Annual administration and progress report of the Indian Medical Department, Bombay
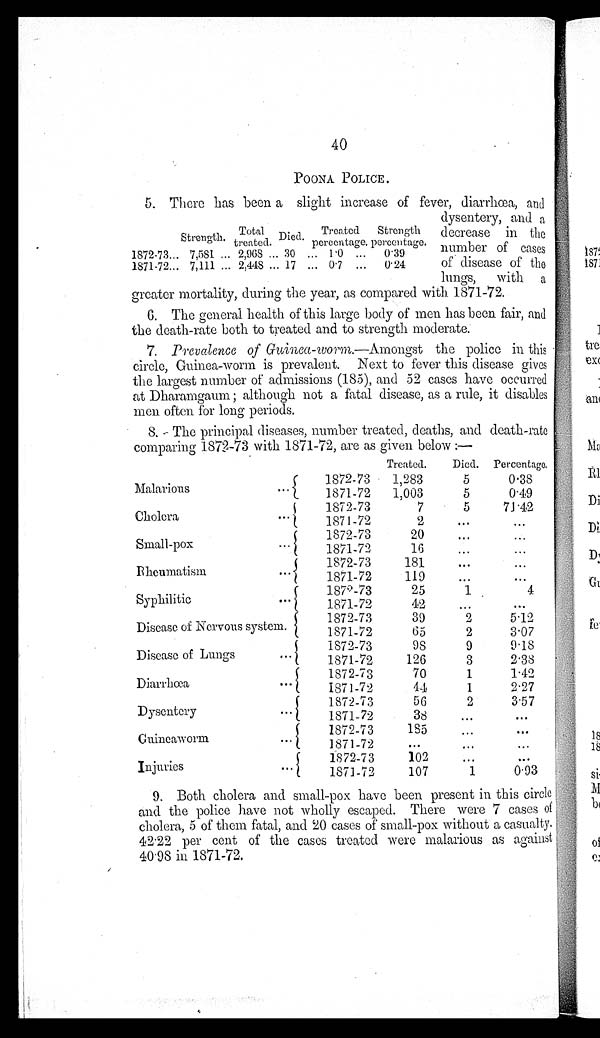
40
POONA POLICE .
5. There has been a slight increase of fever, diarrhœa, and
dysentery, and a
decrease in the
number of cases
of disease of the
lungs, with a
greater mortality, during the year, as compared with 1871-72.
6. The general health of this large body of men has been fair, and
the death-rate both to treated and to strength moderate.
7. Prevalence of Guinea-worm .—Amongst the police in this
circle, Guinea-worm is prevalent. Next to fever this disease gives
the largest number of admissions (185), and 52 cases have occurred
at Dharamgaum ; although not a fatal disease, as a rule, it disables
men often for long periods.
8. The principal diseases, number treated, deaths, and death-rate
comparing 1872-73 with 1871-72, are as given below :—
Treated.
Died.
Percentage.
Malarious . . .
1872-73
1,283
5
0.38
1871-72
1,003
5
0.49
Cholera . . .
1872-73
7
5
71.42
1871-72
2
. . .
. . .
Small-pox . . .
1872-73
20
. . .
. . .
1871-72
16
. . .
. . .
Rheumatism . . .
1872-73
181
. . .
. . .
1871-72
119
. . .
. . .
Syphilitic . . .
1872-73
25
1
4
1871-72
42
. . .
. . .
Disease of Nervous system.
1872-73
39
2
5.12
1871-72
65
2
3.07
Disease of Lungs . . .
1872-73
9 8
9
9.18
1871-72
126
3
2.38
Diarrhœa . . .
1872-73
70
1
1.42
1871-72
44
1
2.27
Dysentery . . .
1872-73
56
2
3.57
1871-72
38
. . .
. . .
Guineaworm . . .
1872-73
185
. . .
. . .
1871-72
. . .
. . .
. . .
Injuries . . .
1872-73
102
. . .
. . .
1871-72
107
1
0.93
9. Both cholera and small-pox have been present in this circle
and the police have not wholly escaped. There were 7 cases of
cholera, 5 of them fatal, and 20 cases of small-pox without a casualty.
42.22 per cent of the cases treated were malarious as against
40.98 in 1871-72.
S t r e n g t h . Total treated. Died.
Treated
percentage.
Strength
percentage.
1872-73 . . . 7,581 . . . 2,968 . . . 30 . . .
1.0 . . .
0.39
1871-72 . . . 7,111 . . . 2,448 . . . 17 . . .
0.7 . . .
0.24